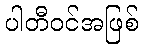
ပါတီဝင်အဖြစ်